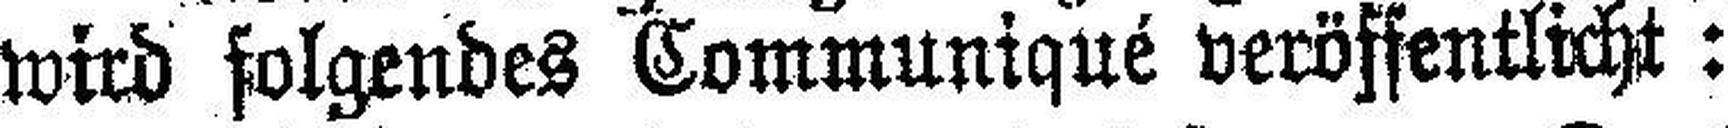
wird folgendes Communiqué veröffentlicht: